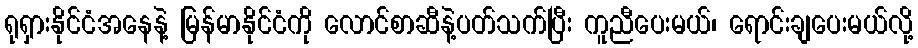
ရုရှားနိုင်ငံအနေနဲ့ မြန်မာနိုင်ငံကို လောင်စာဆီနဲ့ပတ်သက်ပြီး ကူညီပေးမယ်၊ ရောင်းချပေးမယ်လို့